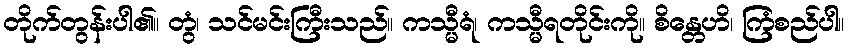
တိုက်တွန်းပါ၏။ တွံ၊ သင်မင်းကြီးသည်။ ကသ္မီရံ၊ ကသ္မီရတိုင်းကို။ စိန္တေဟိ၊ ကြံစည်ပါ။